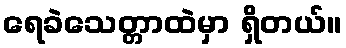
ရေခဲသေတ္တာထဲမှာ ရှိတယ်။